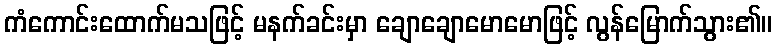
ကံကောင်းထောက်မသဖြင့် မနက်ခင်းမှာ ချောချောမောမောဖြင့် လွန်မြောက်သွား၏။